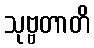
သုဗ္ဗတာတိ